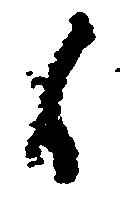
候